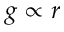
g \propto r